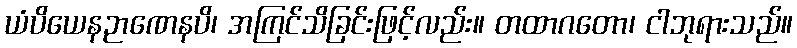
ယံပိယေနဉာဏေနပိ၊ အကြင်သိခြင်းဖြင့်လည်း။ တထာဂတော၊ ငါဘုရားသည်။